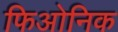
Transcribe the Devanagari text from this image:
फिओनिक